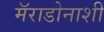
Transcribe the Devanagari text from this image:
मॅराडोनाशी